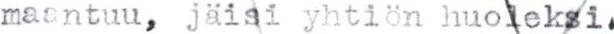
maantuu, jäisi yhtiön huoleksi.